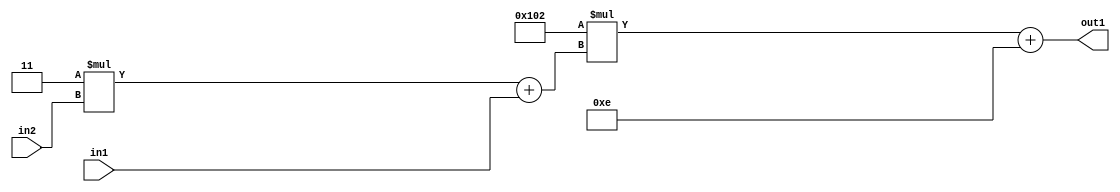
`timescale 1ps / 1ps
/*****************************************************************************
    Verilog RTL Description
    
    
    Created by: Stratus DpOpt 2019.1.01 
*******************************************************************************/

module DC_Filter_Add2i14Mul2i258Add2u1Mul2i3u2_4 (
	in2,
	in1,
	out1
	); /* architecture "behavioural" */ 
input [1:0] in2;
input  in1;
output [11:0] out1;
wire [11:0] asc001;
wire [3:0] asc002;

wire [3:0] asc002_tmp_0;
assign asc002_tmp_0 = 
	+(4'B0011 * in2);
assign asc002 = asc002_tmp_0
	+(in1);

wire [11:0] asc001_tmp_1;
assign asc001_tmp_1 = 
	+(12'B000100000010 * asc002);
assign asc001 = asc001_tmp_1
	+(12'B000000001110);

assign out1 = asc001;
endmodule

/* CADENCE  v7b1Twk= : u9/ySgnWtBlWxVPRXgAZ4Og= ** DO NOT EDIT THIS LINE ******/